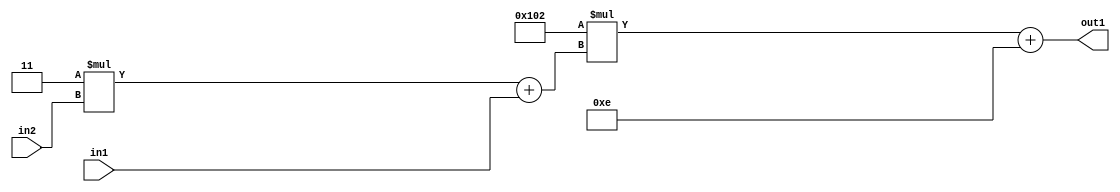
`timescale 1ps / 1ps
/*****************************************************************************
    Verilog RTL Description
    
    
    Created by: Stratus DpOpt 2019.1.01 
*******************************************************************************/

module DC_Filter_Add2i14Mul2i258Add2u1Mul2i3u2_4 (
	in2,
	in1,
	out1
	); /* architecture "behavioural" */ 
input [1:0] in2;
input  in1;
output [11:0] out1;
wire [11:0] asc001;
wire [3:0] asc002;

wire [3:0] asc002_tmp_0;
assign asc002_tmp_0 = 
	+(4'B0011 * in2);
assign asc002 = asc002_tmp_0
	+(in1);

wire [11:0] asc001_tmp_1;
assign asc001_tmp_1 = 
	+(12'B000100000010 * asc002);
assign asc001 = asc001_tmp_1
	+(12'B000000001110);

assign out1 = asc001;
endmodule

/* CADENCE  v7b1Twk= : u9/ySgnWtBlWxVPRXgAZ4Og= ** DO NOT EDIT THIS LINE ******/